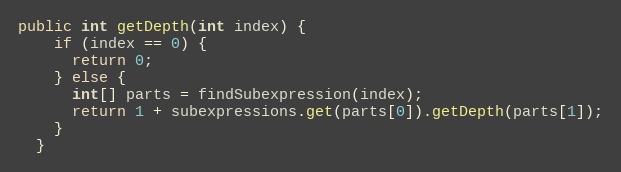
Language: Java
public int getDepth(int index) {
    if (index == 0) {
      return 0;
    } else {
      int[] parts = findSubexpression(index);
      return 1 + subexpressions.get(parts[0]).getDepth(parts[1]);
    }
  }